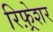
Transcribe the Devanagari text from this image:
रिफ़्रेशर